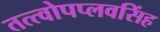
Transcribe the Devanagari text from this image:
तत्त्वोपप्लवसिंह